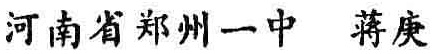
河南省郑州一中 蒋庚